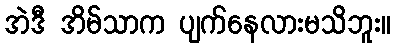
အဲဒီ အိမ်သာက ပျက်နေလားမသိဘူး။